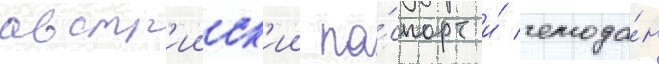
австр'ииск'ии па́спорт и́ чемода́н